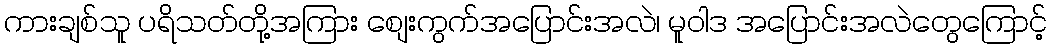
ကားချစ်သူ ပရိသတ်တို့အကြား စျေးကွက်အပြောင်းအလဲ၊ မူဝါဒ အပြောင်းအလဲတွေကြောင့်